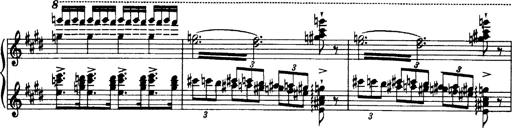
Title: OuvertÃ¼re zu TannhÃ¤user
Composer: Franz Liszt